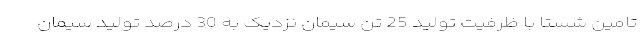
تامین شستا با ظرفیت تولید 25 تن سیمان نزدیک به 30 درصد تولید سیمان